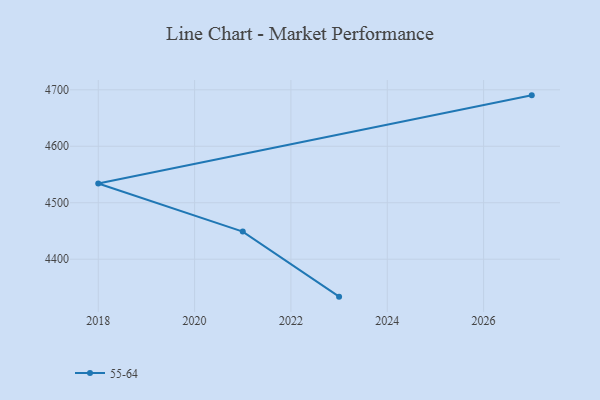
{"axis": {"x": "Year", "y": "Temperature (°C)"}, "legend": ["55-64"], "data": [{"x": "2027", "y": 4690.2, "type": "55-64"}, {"x": "2018", "y": 4534.1, "type": "55-64"}, {"x": "2021", "y": 4449.0, "type": "55-64"}, {"x": "2023", "y": 4333.7, "type": "55-64"}]}